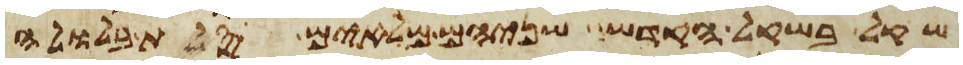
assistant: שקל בשקל הקדש שניהם מלאים סלת בלולה